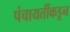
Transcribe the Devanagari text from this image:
पंचायतींकडून